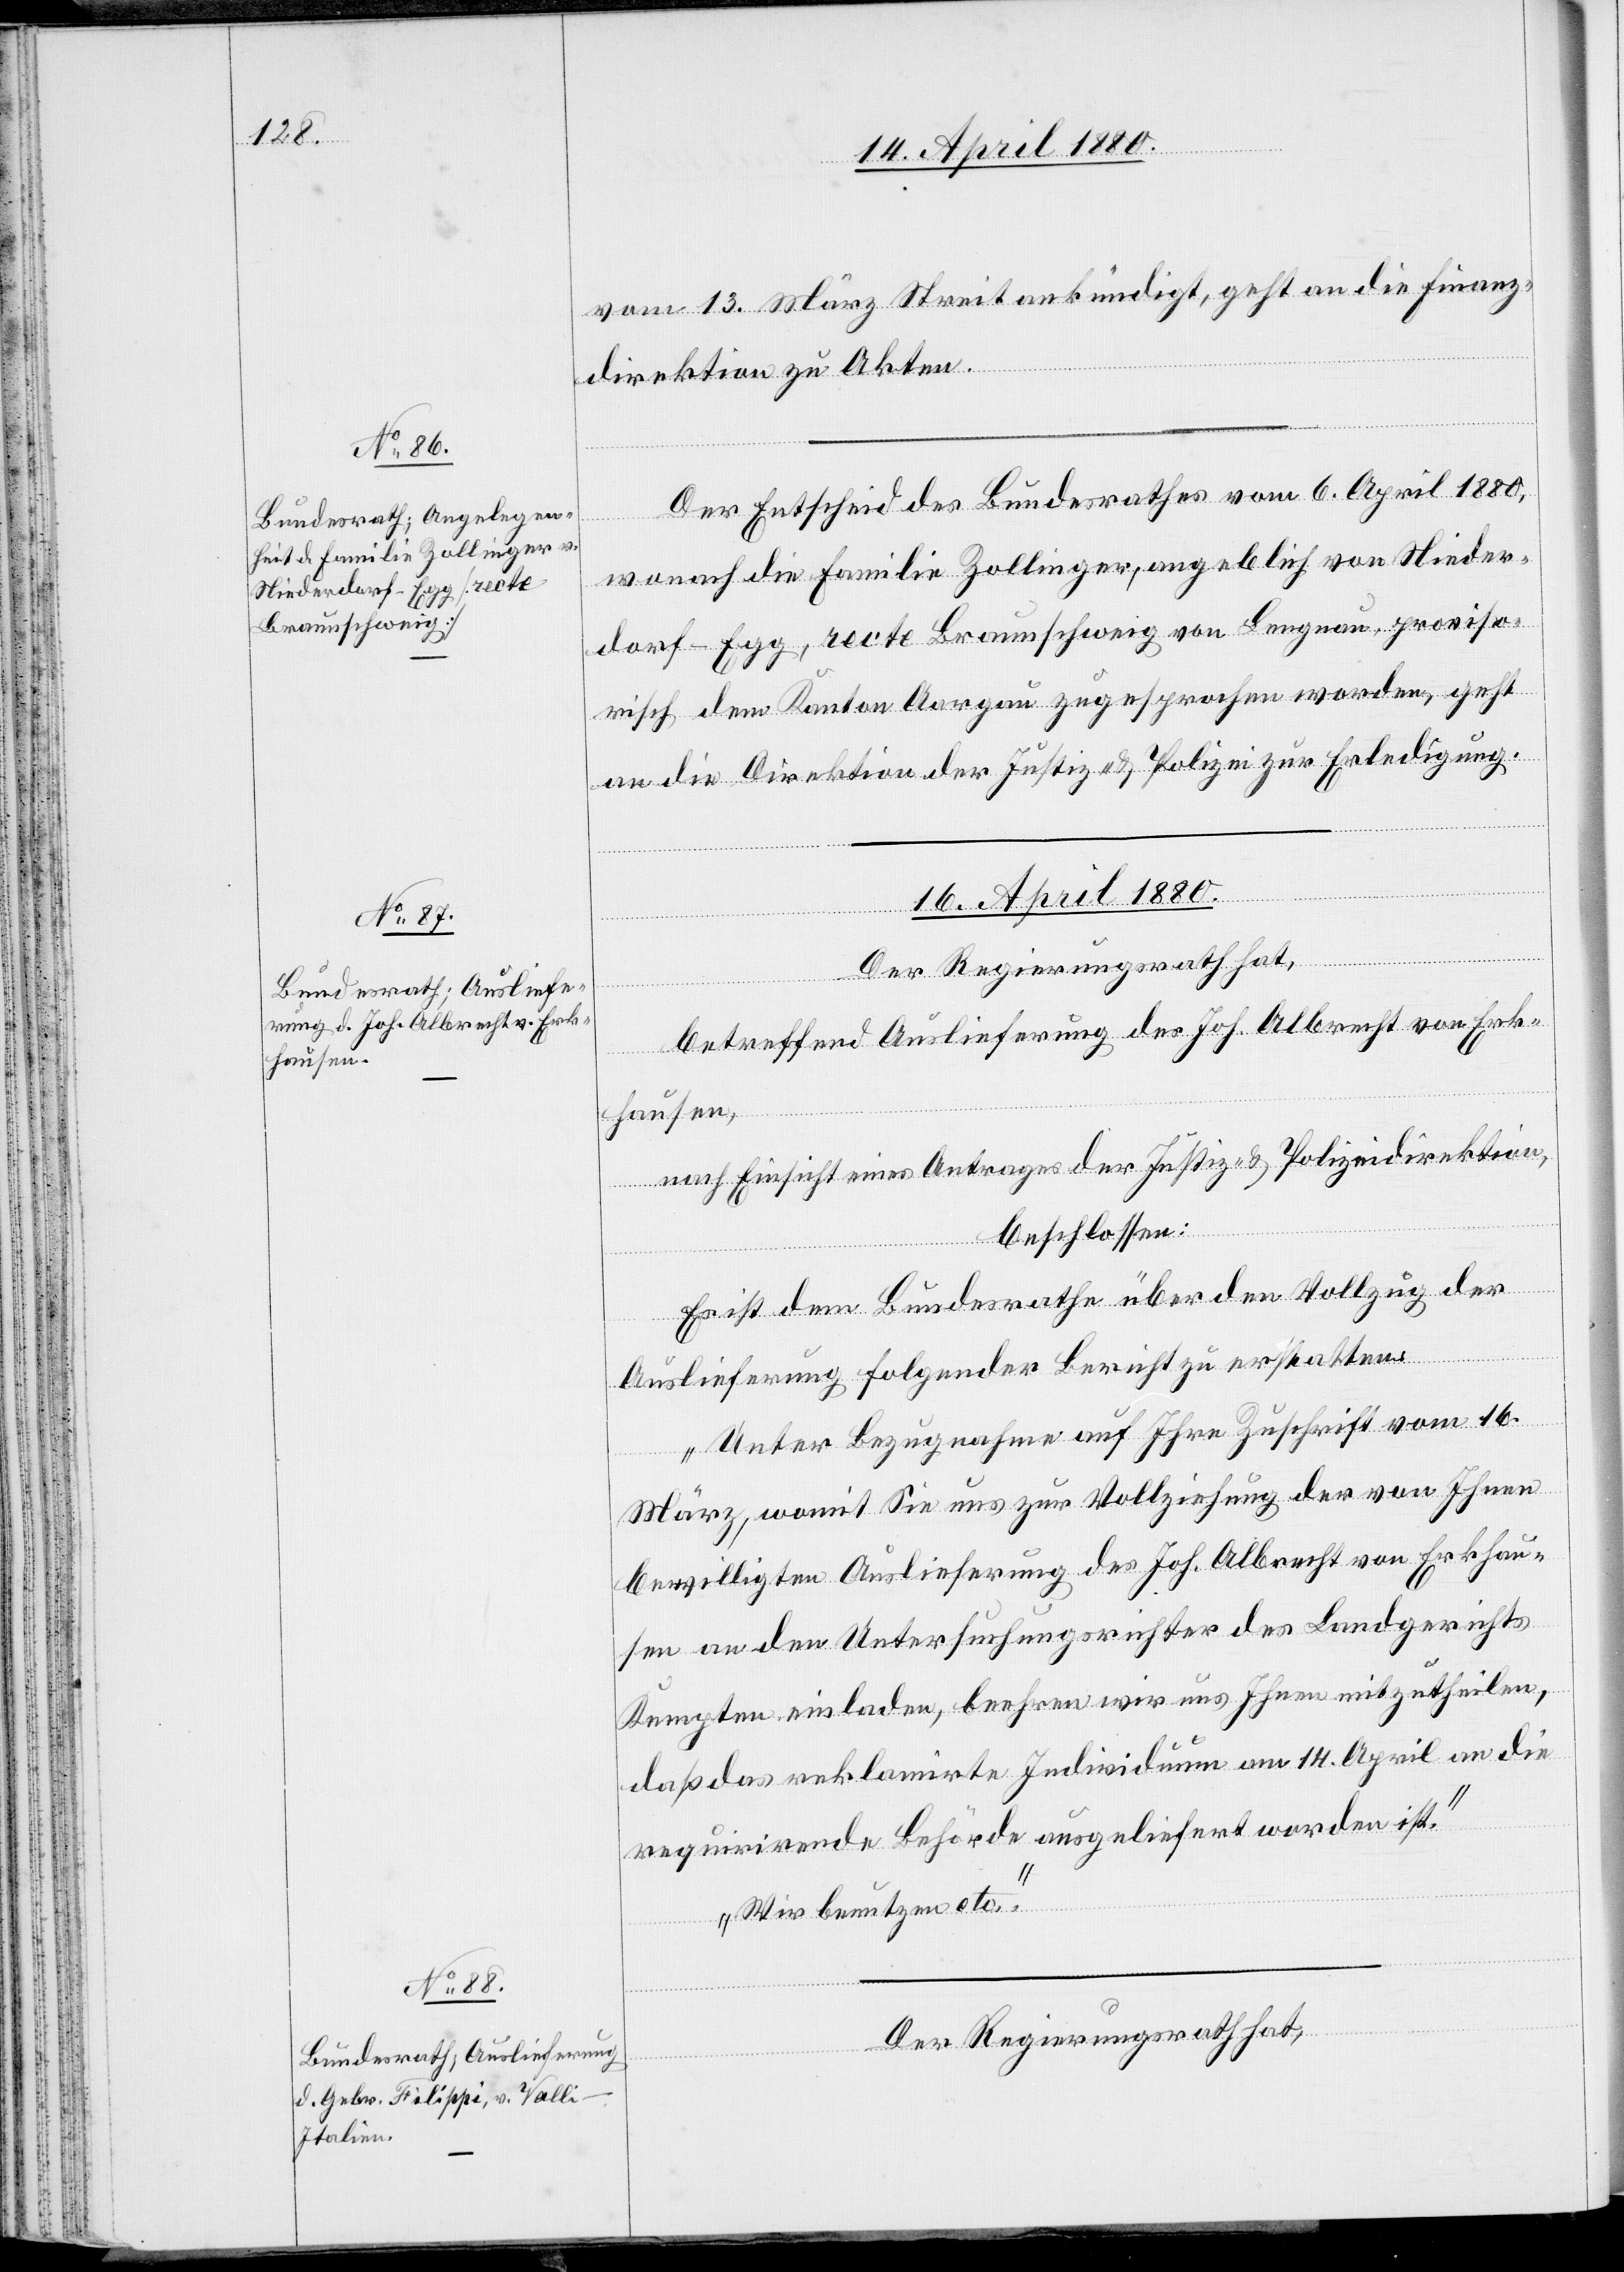
vom 13. März Streit ankündigt, geht an die Finanz¬
direktion zu Akten.
Der Entscheid des Bundesrathes vom 6. April 1880,
wonach die Familie Zollinger, angeblich von Nieder¬
dorf - Egg, recte Braunschweig von Lengnau, proviso¬
risch dem Kanton Aargau zugesprochen worden, geht
an die Direktion der Justiz & Polizei zur Erledigung.
16. April 1880.]
Der Regierungsrath hat,
betreffend Auslieferung des Joh. Albrecht von Erk¬
hausen,
nach Einsicht eines Antrages der Justiz- & Polizeidirektion,
beschlossen:
Es ist dem Bundesrathe über den Vollzug der
fügungen.
Auslieferung folgender Bericht zu erstatten:
„Unter Bezugnahme auf Ihre Zuschrift vom 16.
März, womit Sie uns zur Vollziehung der von Ihnen
bewilligten Auslieferung des Joh. Albrecht von Erkhau¬
sen an den Untersuchungsrichter des Landgerichts
Kempten einladen, beehren wir uns Ihnen mitzutheilen,
daß das reklamirte Individuum am 14. April an die
requirirende Behörde ausgeliefert worden ist.
Wir benutzen etc.“
Der Regierungsrath hat,